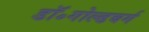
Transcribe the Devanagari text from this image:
डॉ॰गोल्डबर्ग